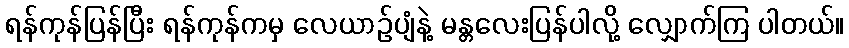
ရန်ကုန်ပြန်ပြီး ရန်ကုန်ကမှ လေယာဉ်ပျံနဲ့ မန္တလေးပြန်ပါလို့ လျှောက်ကြ ပါတယ်။